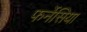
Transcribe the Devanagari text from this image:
फर्नेसिया